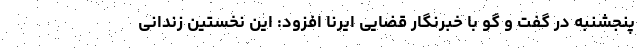
پنجشنبه در گفت و گو با خبرنگار قضایی ایرنا افزود: این نخستین زندانی